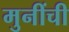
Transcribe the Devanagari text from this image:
मुनींची